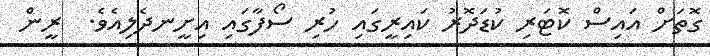
ގޮތަށް އައިސް ކޮޓަރި ކުޑަދޮރު ކައިރީގައި ހުރި ސޯފާގައި އިށީނދެލިއެވެ.  ރީން